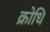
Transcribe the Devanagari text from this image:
क्रोधि